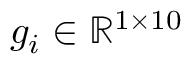
g _ { i } \in \mathbb { R } ^ { 1 \times 1 0 }